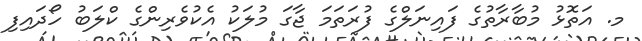
މ. އަތޮޅު މުބާރާތުގެ ފައިނަލްގެ ފުރަތަމަ ޖާގަ މުލަކު އެކުވެރިންގެ ކްލަބު ހޯދައިފި